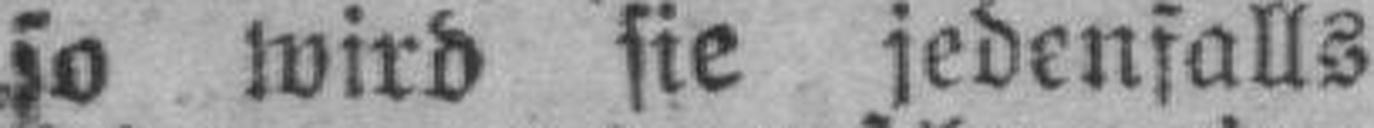
so wird sie jedenfalls